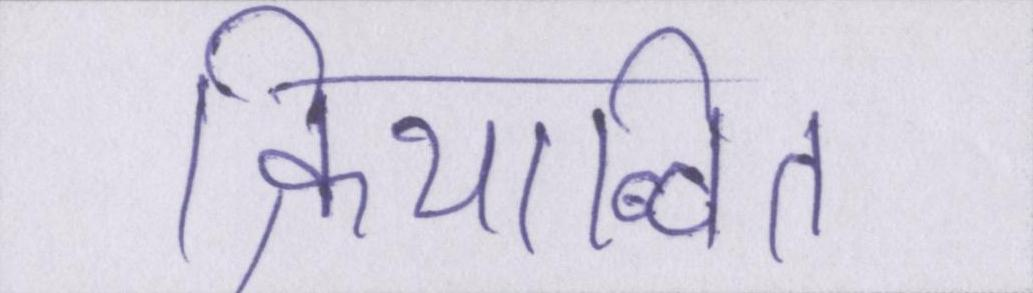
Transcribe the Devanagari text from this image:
क्रियान्वित